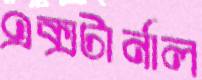
এক্সটার্নাল